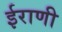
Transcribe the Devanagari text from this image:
ईराणी